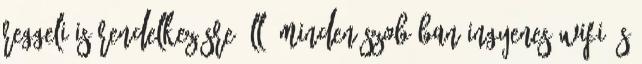
Reggeli is rendelkezésre áll. Minden szobában ingyenes wifi és